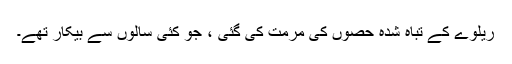
ریلوے کے تباہ شدہ حصوں کی مرمت کی گئی ، جو کئی سالوں سے بیکار تھے۔